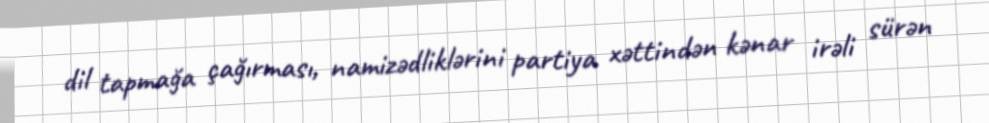
dil tapmağa çağırması, namizədliklərini partiya xəttindən kənar irəli sürən